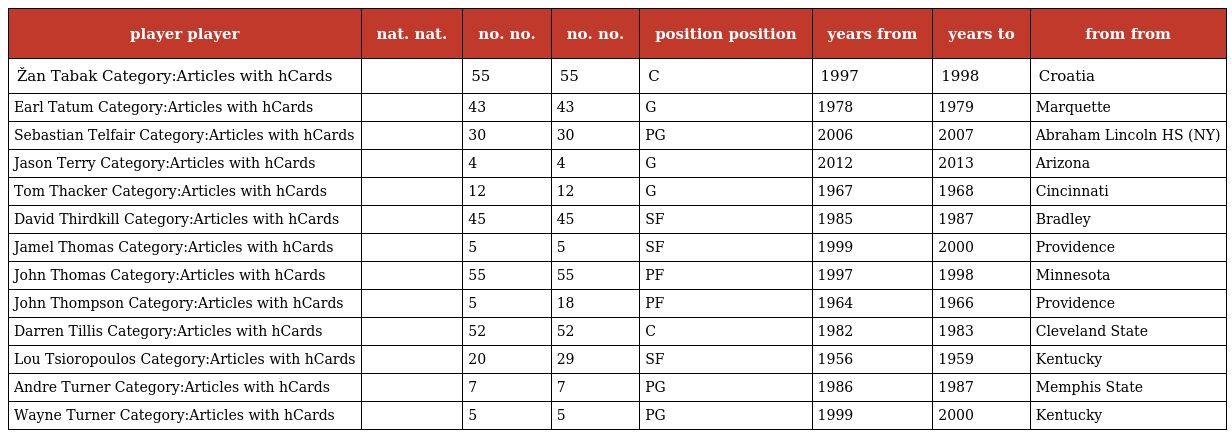
| player player | nat. nat. | no. no. | no. no. | position position | years from | years to | from from |
 | --- | --- | --- | --- | --- | --- | --- | --- |
 | Žan Tabak Category:Articles with hCards |  | 55 | 55 | C | 1997 | 1998 | Croatia |
 | Earl Tatum Category:Articles with hCards |  | 43 | 43 | G | 1978 | 1979 | Marquette |
 | Sebastian Telfair Category:Articles with hCards |  | 30 | 30 | PG | 2006 | 2007 | Abraham Lincoln HS (NY) |
 | Jason Terry Category:Articles with hCards |  | 4 | 4 | G | 2012 | 2013 | Arizona |
 | Tom Thacker Category:Articles with hCards |  | 12 | 12 | G | 1967 | 1968 | Cincinnati |
 | David Thirdkill Category:Articles with hCards |  | 45 | 45 | SF | 1985 | 1987 | Bradley |
 | Jamel Thomas Category:Articles with hCards |  | 5 | 5 | SF | 1999 | 2000 | Providence |
 | John Thomas Category:Articles with hCards |  | 55 | 55 | PF | 1997 | 1998 | Minnesota |
 | John Thompson Category:Articles with hCards |  | 5 | 18 | PF | 1964 | 1966 | Providence |
 | Darren Tillis Category:Articles with hCards |  | 52 | 52 | C | 1982 | 1983 | Cleveland State |
 | Lou Tsioropoulos Category:Articles with hCards |  | 20 | 29 | SF | 1956 | 1959 | Kentucky |
 | Andre Turner Category:Articles with hCards |  | 7 | 7 | PG | 1986 | 1987 | Memphis State |
 | Wayne Turner Category:Articles with hCards |  | 5 | 5 | PG | 1999 | 2000 | Kentucky |